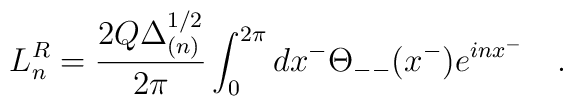
L^R_n = \frac{2Q\Delta_{(n)}^{1/2}}{2\pi}\int^{2\pi}_0 dx^-     \Theta_{--}(x^-)e^{inx^-} \quad .